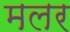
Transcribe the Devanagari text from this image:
मलर